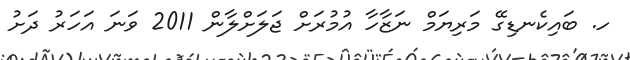
ހ. ބައިކެނޑިގޭ މަރިޔަމް ނަޒާހާ އުމުރަށް ޖަލަށްލާން 2011 ވަނަ އަހަރު ދަށު